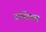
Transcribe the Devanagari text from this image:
टाशियम